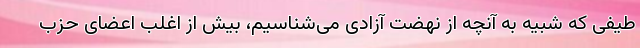
طیفی که شبیه به آنچه از نهضت آزادی می‌شناسیم، بیش از اغلب اعضای حزب